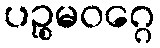
ပဉ္စမဝဂ္ဂေ